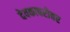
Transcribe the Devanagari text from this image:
देवकाबरोबर